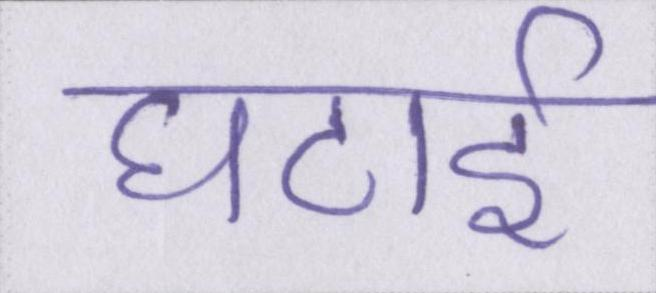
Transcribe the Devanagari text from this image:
घटाई